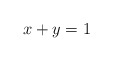
\begin{align*}x + y = 1\end{align*}